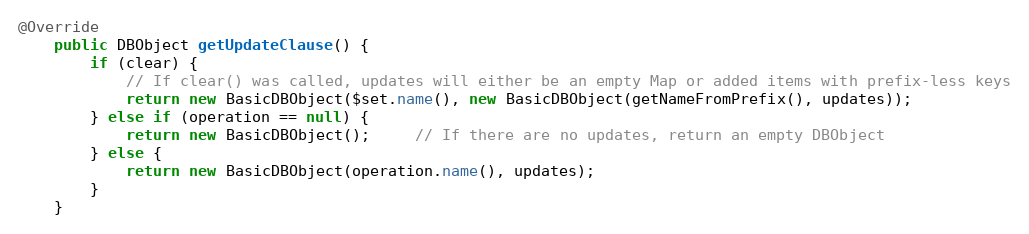
Language: Java
@Override
    public DBObject getUpdateClause() {
        if (clear) {
            // If clear() was called, updates will either be an empty Map or added items with prefix-less keys
            return new BasicDBObject($set.name(), new BasicDBObject(getNameFromPrefix(), updates));
        } else if (operation == null) {
            return new BasicDBObject();     // If there are no updates, return an empty DBObject
        } else {
            return new BasicDBObject(operation.name(), updates);
        }
    }